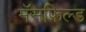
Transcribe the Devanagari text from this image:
मॅसफिल्ड